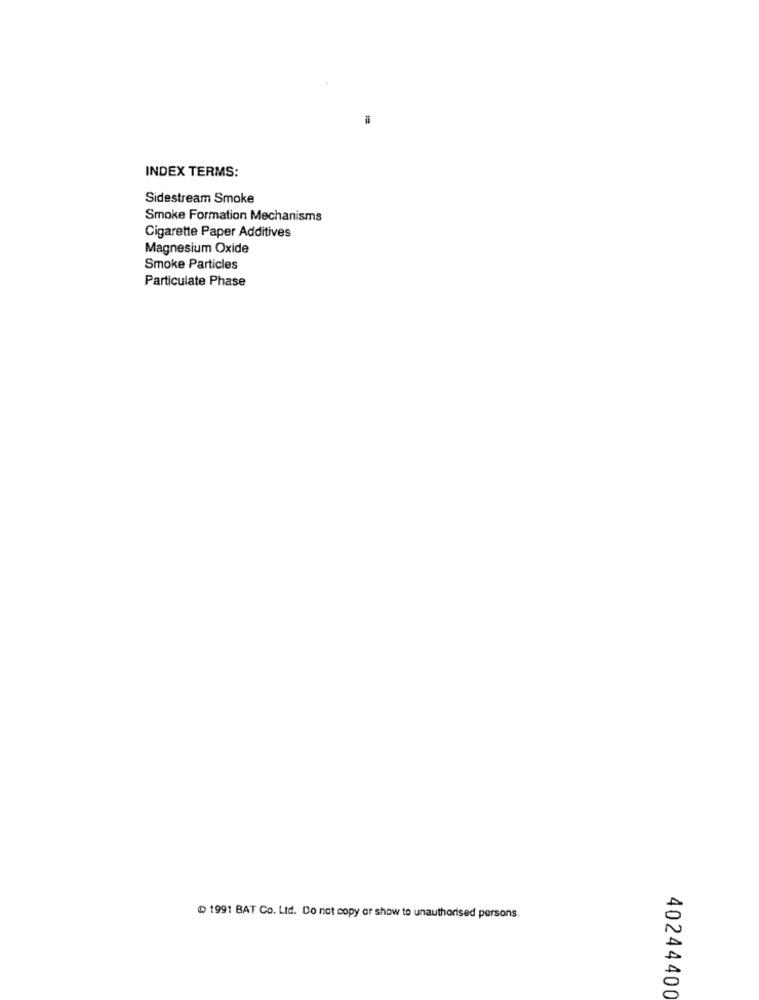
INDEX TERMS:
Sidestream Smoke
Smoke Formation Mechanisms
Cigarette Paper Additives
Magnesium Oxide
Smoke Particles
Particulate Phase
@ 1991 BAT Co. Ltd. Do not copy or show to unauthorised persons.
40244400